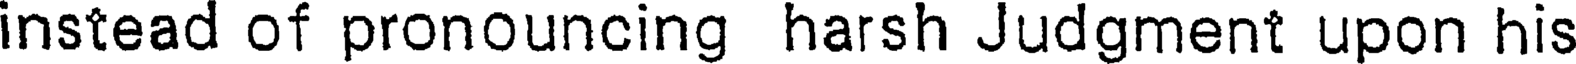
instead of pronouncing harsh Judgment upon his